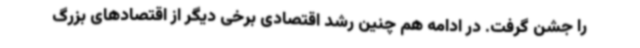
را جشن گرفت. در ادامه هم چنین رشد اقتصادی برخی دیگر از اقتصادهای بزرگ